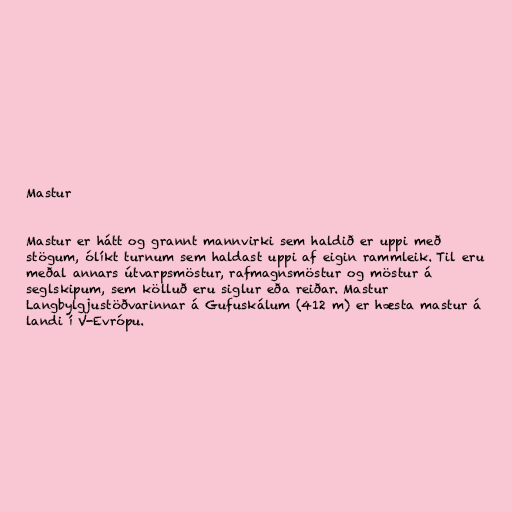
Mastur

Mastur er hátt og grannt mannvirki sem haldið er uppi með
stögum, ólíkt turnum sem haldast uppi af eigin rammleik. Til eru
meðal annars útvarpsmöstur, rafmagnsmöstur og möstur á
seglskipum, sem kölluð eru siglur eða reiðar. Mastur
Langbylgjustöðvarinnar á Gufuskálum (412 m) er hæsta mastur á
landi í V-Evrópu.